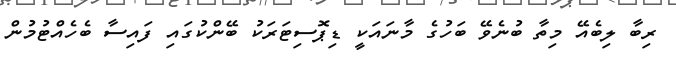
ރިބާ ލިބެއޭ މިތާ ބުނެވޭ ބަހުގެ މާނައަކީ ޑިޕޮސިޓަރަކު ބޭންކުގައި ފައިސާ ބެހެއްޓުމުން